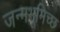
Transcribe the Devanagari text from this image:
जन्मभूमिच्छ